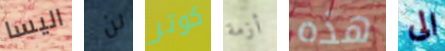
اليسا لن كوتر أزمة هذه الى